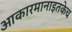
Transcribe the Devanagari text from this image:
आकारमानाइतकेच